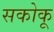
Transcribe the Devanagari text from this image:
सकोकू